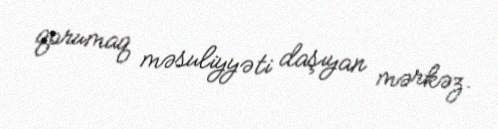
qorumaq məsuliyyəti daşıyan mərkəz.